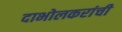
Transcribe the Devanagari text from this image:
दाभोलकरांची